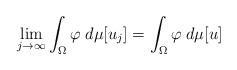
LaTeX: \begin{align*}\lim_{j \rightarrow \infty} \int_{\Omega} \varphi \; d\mu[u_j] = \int_{\Omega} \varphi \; d\mu[u]\end{align*}